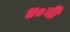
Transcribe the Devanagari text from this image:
४०वी